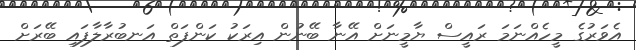
އެވަރުގެ މީހެއްނަމަ ރައީސް ޔާމީނަށް އޭނާ ބޭނުން އިރަކު ކަންފަތް އަނބުރާލާފައި ބޭރަށް